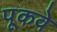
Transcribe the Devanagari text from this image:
पूकवे